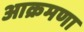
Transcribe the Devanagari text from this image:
आक्रमणा